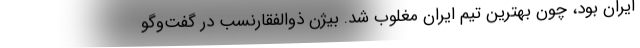
ایران بود، چون بهترین تیم ایران مغلوب شد. بیژن ذوالفقارنسب در گفت‌وگو